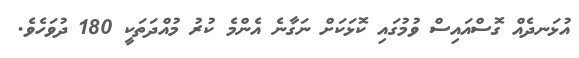
އުޅަނދެއް ގޮސްއައިސް ވުމުގައި ކޮޅަކަށް ނަގާނެ އެންމެ ކުރު މުއްދަތަކީ 180 ދުވަހެވެ.